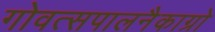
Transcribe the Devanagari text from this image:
गोवत्सपालनैकाग्रो